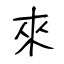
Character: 來